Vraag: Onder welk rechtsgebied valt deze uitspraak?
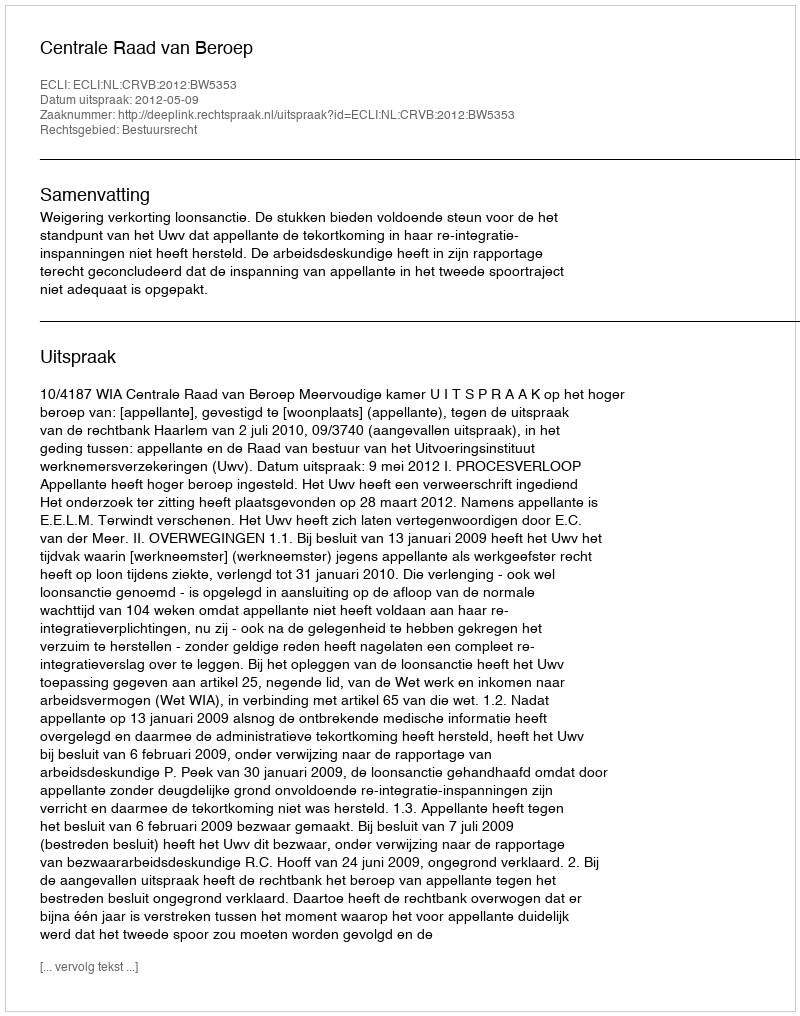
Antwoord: Bestuursrecht